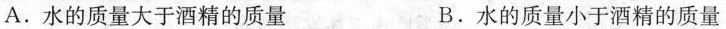
A.水的质量大于酒精的质量 B.水的质量小于酒精的质量